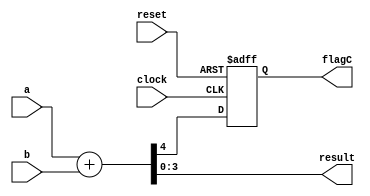
module alu(clock, reset, a, b, result, flagC);
   input clock, reset;
   input [3:0]  a, b;
   output [3:0] result;
   output 	flagC;

   wire [4:0] 	sum;
   reg 		regflagC;

   // this ALU only support addition operation
   assign 	sum[4:0] = a[3:0] + b[3:0];
   assign 	result = sum[3:0];

   // control flagC
   assign 	flagC = regflagC;
   always @(posedge clock or negedge reset) begin
      if (!reset)
	regflagC <= 0;
      else
	regflagC <= sum[4];
   end   
endmodule // alu